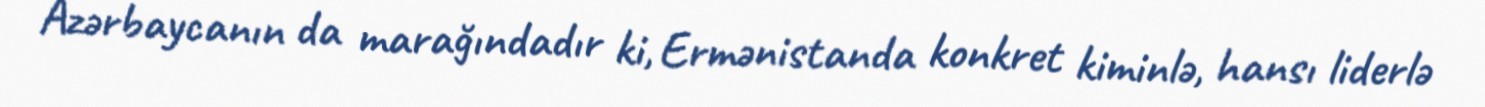
Azərbaycanın da marağındadır ki, Ermənistanda konkret kiminlə, hansı liderlə